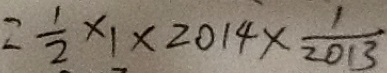
= \frac { 1 } { 2 } \times 1 \times 2 0 1 4 \times \frac { 1 } { 2 0 1 3 }